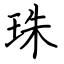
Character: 珠